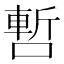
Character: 𠼃